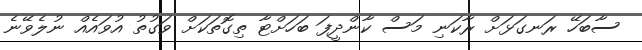
ސާބަހޭ ރަނގަޅަށް ރާކަނި މަސް ކާންދީފަ ބަހަށްޓާ ތިގޮތަކަށް ވަގުތު އުވައެއް ނުލެވޭނެ